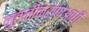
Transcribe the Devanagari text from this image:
नुतनीकरणाआधी